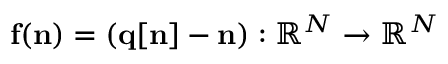
{ \bf f } ( { \bf n } ) = ( { \bf q } [ { \bf n } ] - { \bf n } ) : \mathbb { R } ^ { N } \rightarrow \mathbb { R } ^ { N }